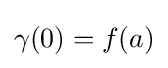
\gamma (0)=f(a)